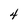
Character: 4